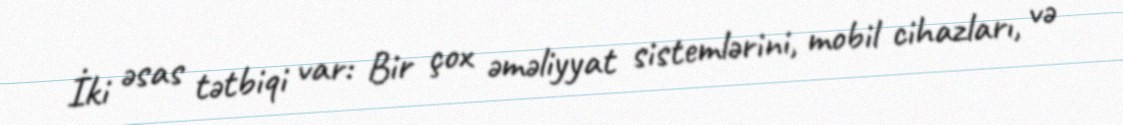
İki əsas tətbiqi var: Bir çox əməliyyat sistemlərini, mobil cihazları, və